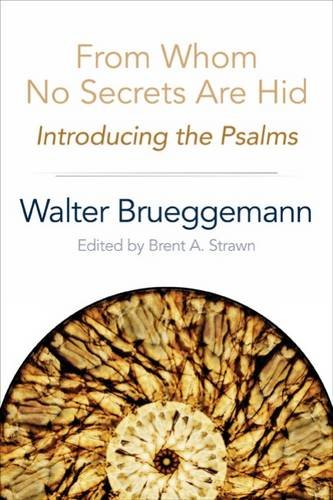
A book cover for From Whom No Secrets Are Hid: Introducing the Psalms; Walter Brueggeman; Christian Books & Bibles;